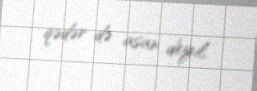
qədər də asan deyil.